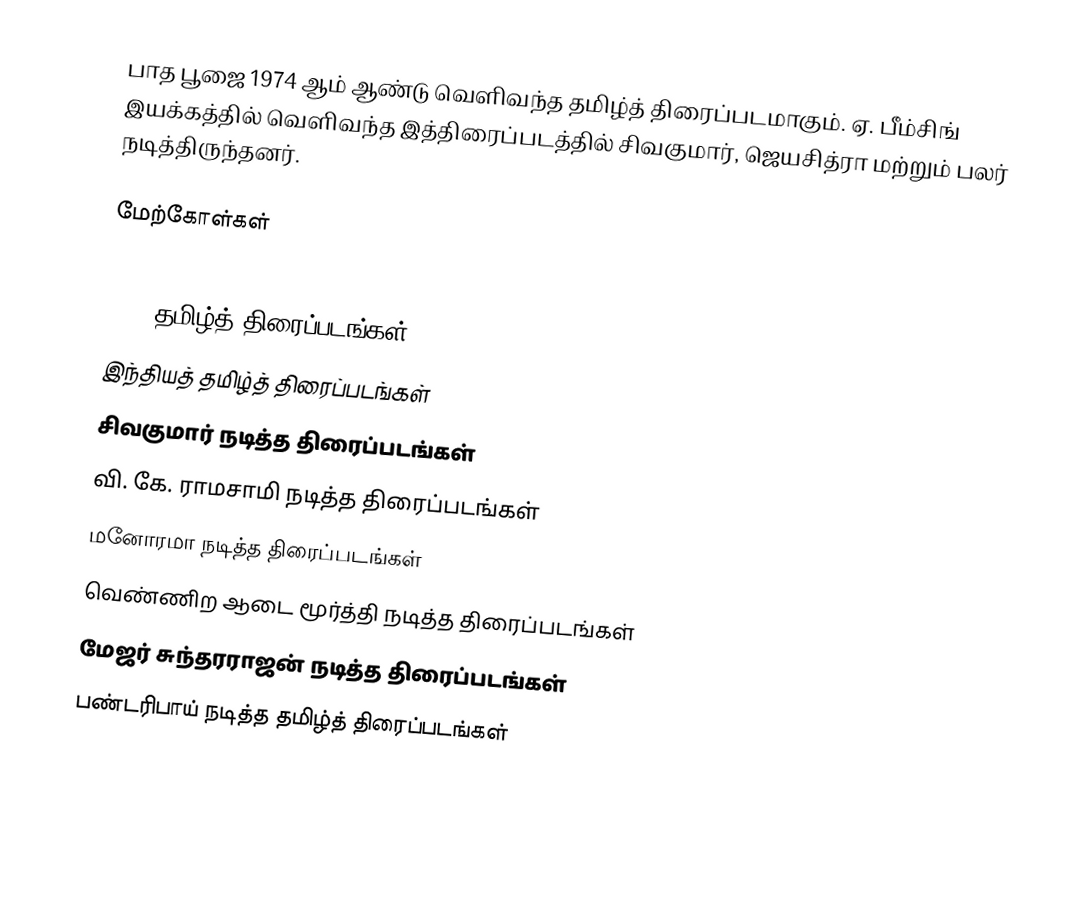
பாத பூஜை 1974 ஆம் ஆண்டு வெளிவந்த தமிழ்த் திரைப்படமாகும். ஏ. பீம்சிங் இயக்கத்தில் வெளிவந்த இத்திரைப்படத்தில் சிவகுமார், ஜெயசித்ரா மற்றும் பலர் நடித்திருந்தனர்.

மேற்கோள்கள்

1974 தமிழ்த் திரைப்படங்கள்
இந்தியத் தமிழ்த் திரைப்படங்கள்
சிவகுமார் நடித்த திரைப்படங்கள்
வி. கே. ராமசாமி நடித்த திரைப்படங்கள்
மனோரமா நடித்த திரைப்படங்கள்
வெண்ணிற ஆடை மூர்த்தி நடித்த திரைப்படங்கள்
மேஜர் சுந்தரராஜன் நடித்த திரைப்படங்கள்
பண்டரிபாய் நடித்த தமிழ்த் திரைப்படங்கள்